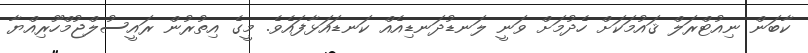
ކާބަން ނިއުޓްރަލް ޤައުމަކަށް ހެދުމަށް ވަނީ ލަނޑުދަނޑިއެއް ކަނޑައަޅާފައެވެ. މީގެ އިތުރުން ރައީސުލްޖުމްހޫރިއްޔާ